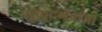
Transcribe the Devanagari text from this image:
मुकदमेंबाजी